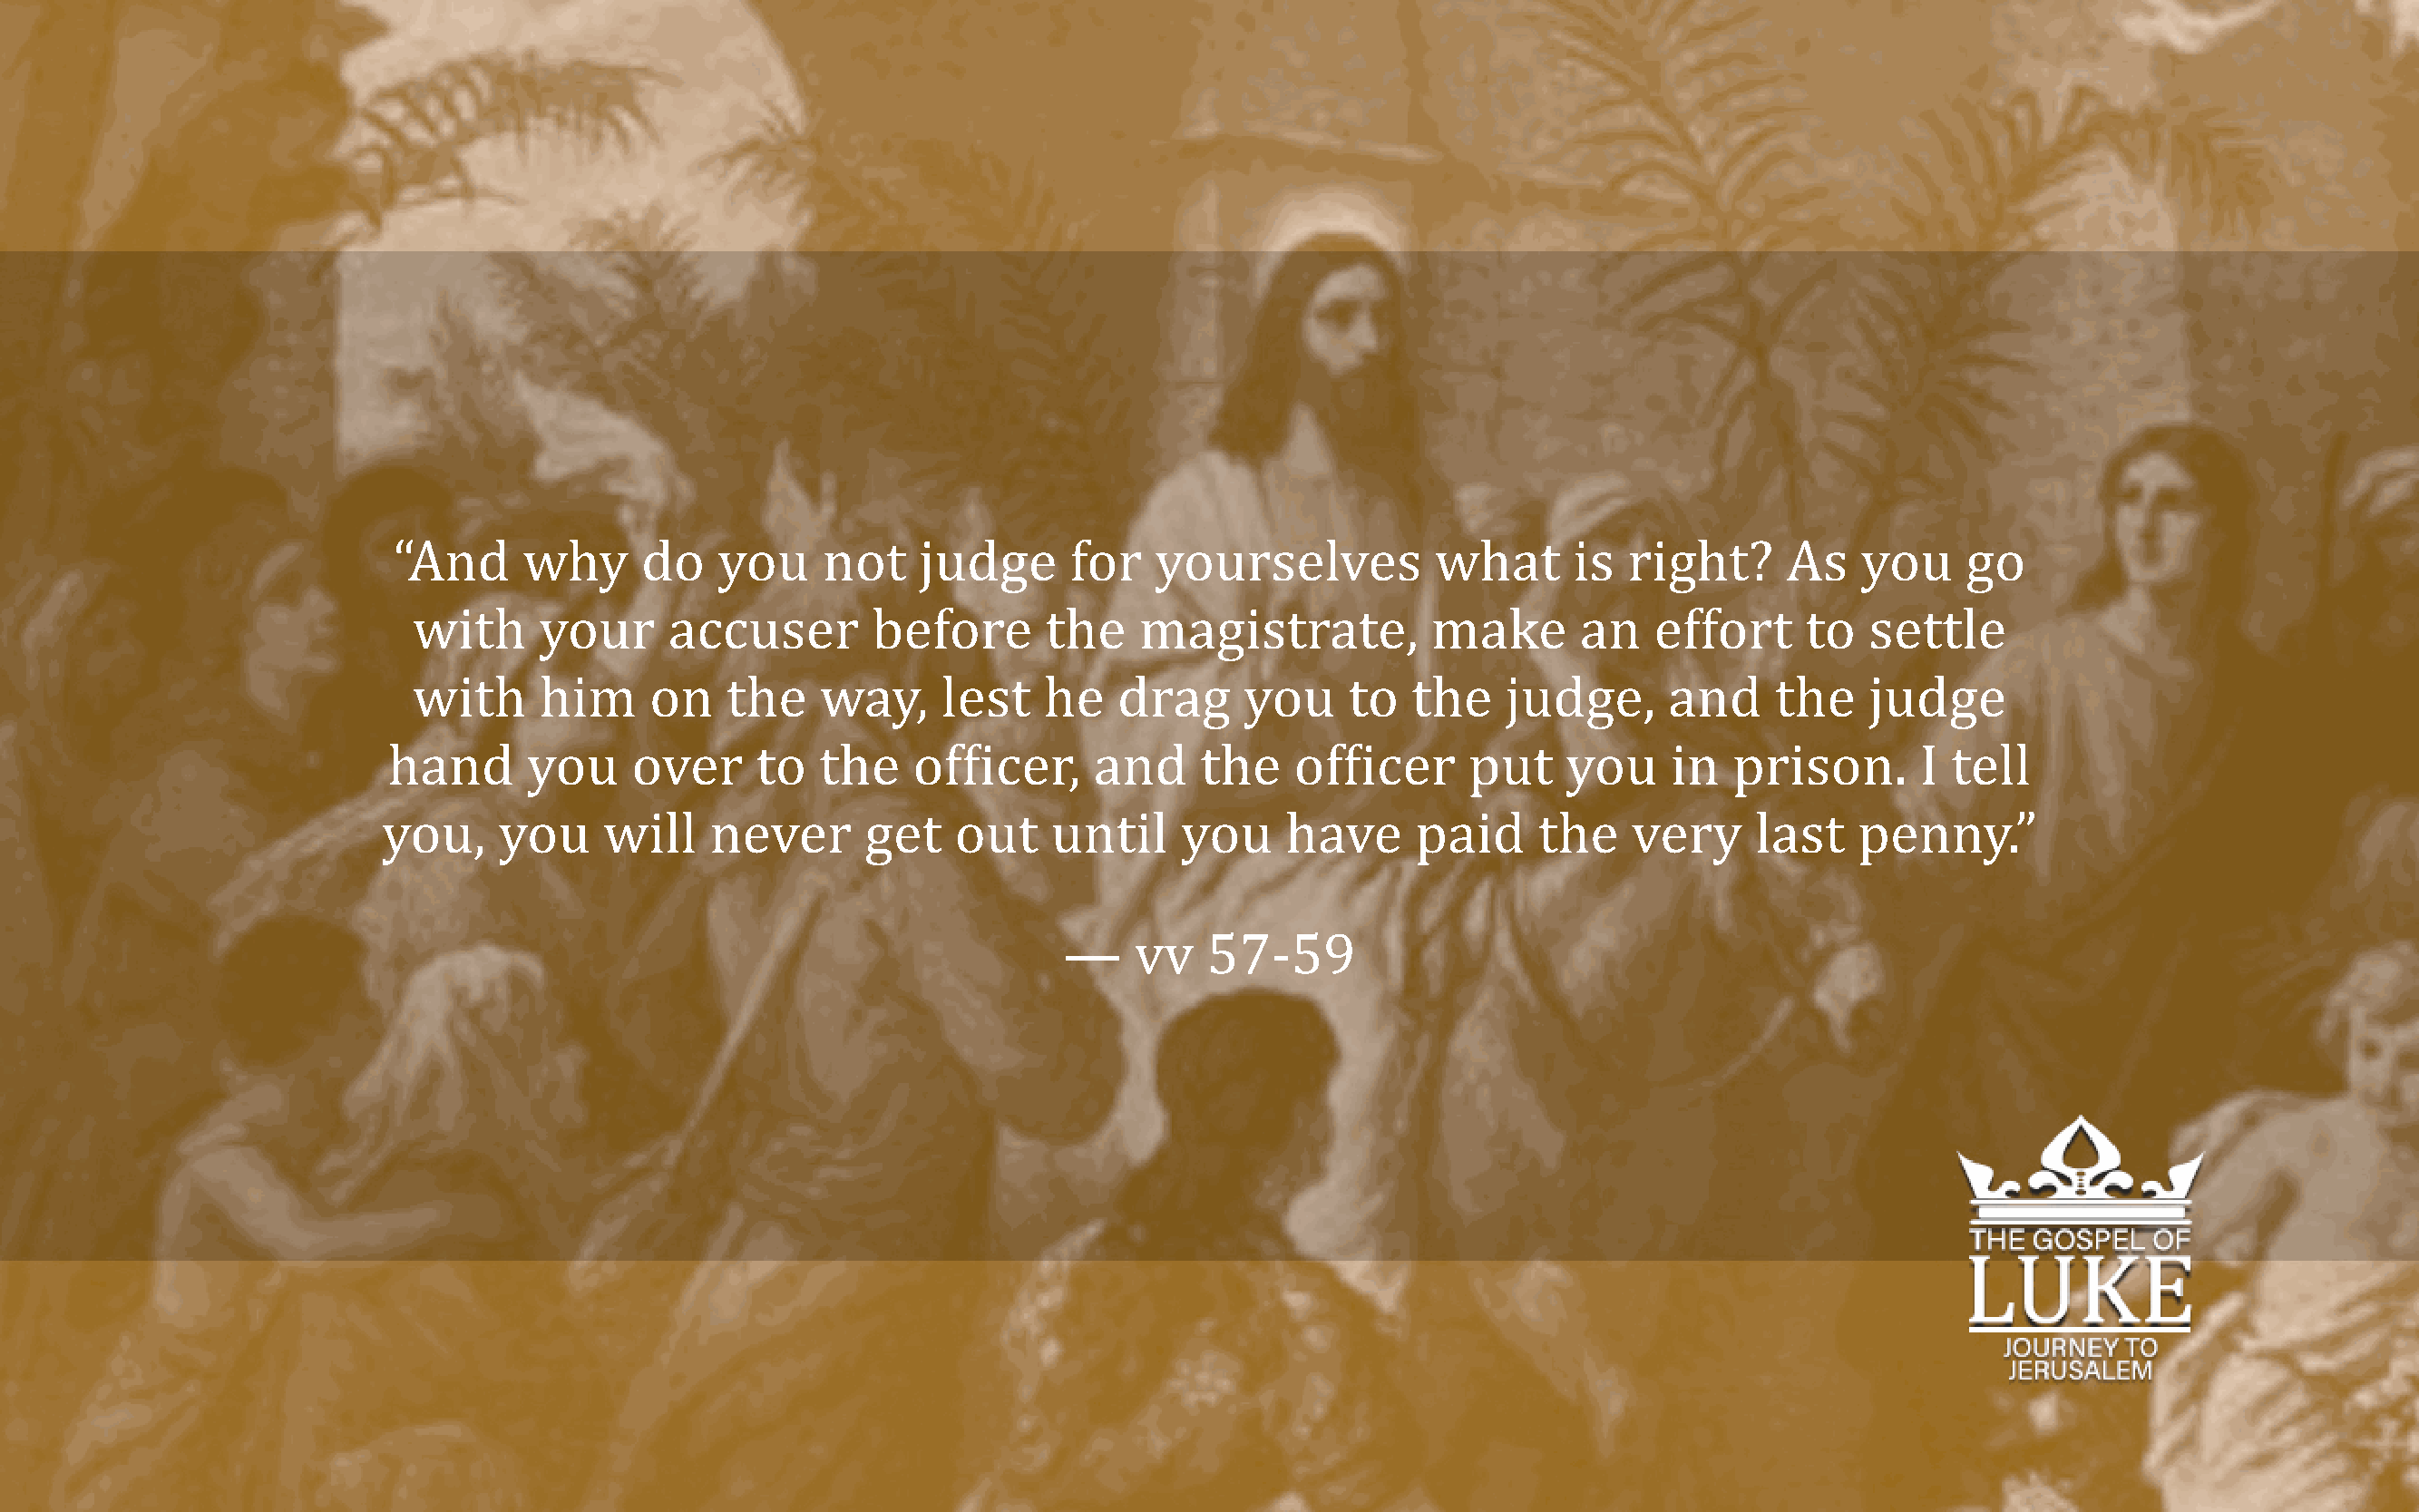
“And     why      do   you     not    judge      for   yourselves           what      is  right?     As    you    go
 with     your      accuser        before      the    magistrate,          make       an    effort     to  settle
 with     him     on    the    way,     lest   he    drag     you    to   the    judge,      and     the   judge
 hand      you     over     to   the    ofFicer,     and     the   ofFicer      put    you     in  prison.       I tell
 you,    you     will    never      get    out    until    you     have     paid     the    very     last    penny.”
 —    vv   57-59